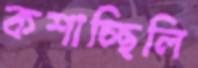
কশাচ্ছিলি